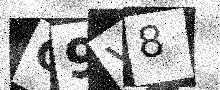
Text: C9V8